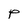
Character: P